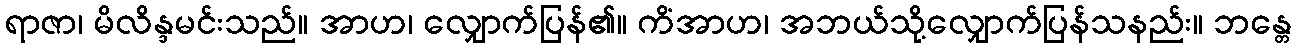
ရာဇာ၊ မိလိန္ဒမင်းသည်။ အာဟ၊ လျှောက်ပြန်၏။ ကိံအာဟ၊ အဘယ်သို့လျှောက်ပြန်သနည်း။ ဘန္တေ